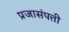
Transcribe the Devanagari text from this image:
प्रजासंपत्ती